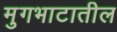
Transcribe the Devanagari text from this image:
मुगभाटातील